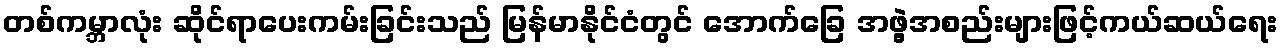
တစ်ကမ္ဘာလုံး ဆိုင်ရာပေးကမ်းခြင်းသည် မြန်မာနိုင်ငံတွင် အောက်ခြေ အဖွဲ့အစည်းများဖြင့်ကယ်ဆယ်ရေး